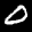
Label: 0